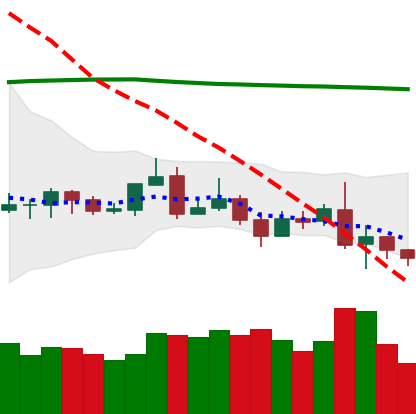
Ticker: ETC-USD
Chart end date: 2019-08-17
Forward return: 32.909%
Label: up_7plus